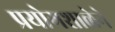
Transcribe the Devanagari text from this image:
प्रयोगशाळेने